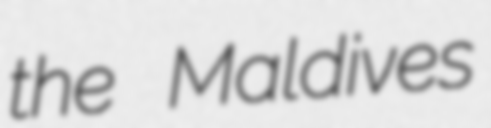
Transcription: the Maldives